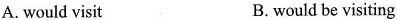
A. would visit B. would be visiting